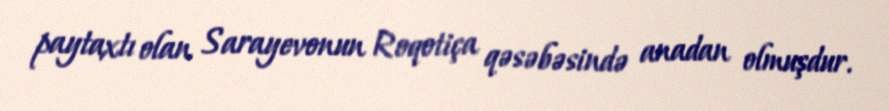
paytaxtı olan Sarayevonun Roqotiça qəsəbəsində anadan olmuşdur.